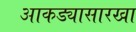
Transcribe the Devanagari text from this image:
आकड्यासारखा